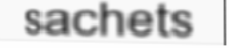
sachets